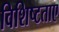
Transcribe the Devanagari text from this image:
विशिष्टताए